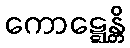
ကောဋ္ဋေန္တိ